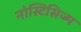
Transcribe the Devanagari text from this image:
नोस्टिसिज्म